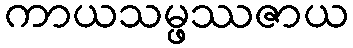
ကာယသမ္ဖဿဇာယ